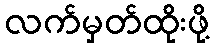
လက်မှတ်ထိုးဖို့